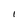
Character: I